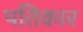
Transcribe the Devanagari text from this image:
पतिकार